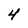
Character: 4